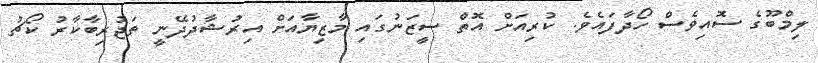
ލިމްބޫގެ ސޮއިވެސް ހޯދާފައެވެ. ކުރިއަށް އޮތް ސީޒަނުގައި މާޒިޔާއަށް އިރުޝާދުދޭނީ ތަޖުރިބާކާރު ކޯޗު